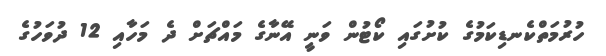
ހުރުމަތްކެނޑިކަމުގެ ކުށުގައި ކޯޓުން ވަނީ އޭނާގެ މައްޗަށް ދެ މަހާއި 12 ދުވަހުގެ